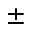
\pm